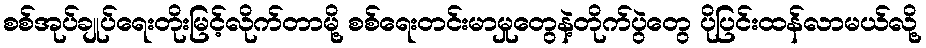
စစ်အုပ်ချုပ်ရေးတိုးမြင့်လိုက်တာမို့ စစ်ရေးတင်းမာမှုတွေနဲ့တိုက်ပွဲတွေ ပိုပြင်းထန်လာမယ်လို့